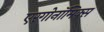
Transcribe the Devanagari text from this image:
एरगोनॉमिक्स